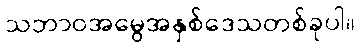
သဘာဝအမွေအနှစ်ဒေသတစ်ခုပါ။